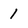
Character: 1